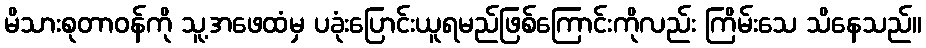
မိသားစုတာဝန်ကို သူ့အဖေထံမှ ပခုံးပြောင်းယူရမည်ဖြစ်ကြောင်းကိုလည်း ကြိမ်းသေ သိနေသည်။